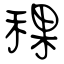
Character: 稞